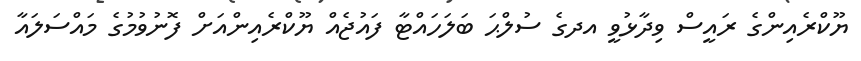
ޔޫކްރެއިންގެ ރައީސް ވިދާޅުވީ އދގެ ސުލްޙަ ބަލަހައްޓާ ފައުޖެއް ޔޫކްރެއިންއަށް ފޮނުވުމުގެ މައްސަލައާ